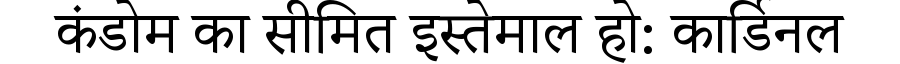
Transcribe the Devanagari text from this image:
कंडोम का सीमित इस्तेमाल हो: कार्डिनल